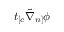
t _ { [ c } \tilde { \nabla } _ { n ] } \phi